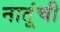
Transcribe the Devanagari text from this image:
नातूंची